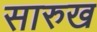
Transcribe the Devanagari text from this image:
सारुख